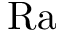
\mathrm { R a }